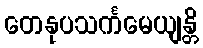
တေနုပသင်္ကမေယျန္တိ